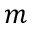
m